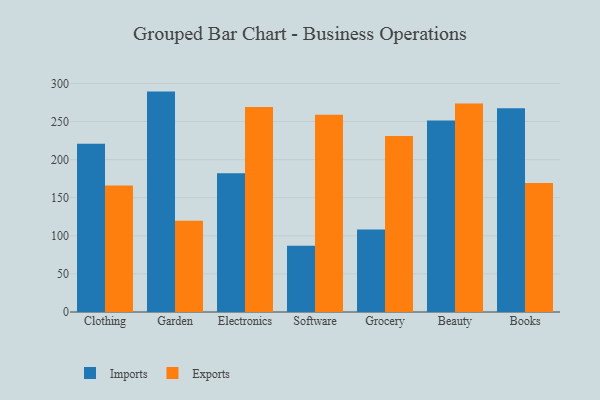
{"axis": {"x": "Category", "y": "Satisfaction Score"}, "legend": ["Exports", "Imports"], "data": [{"x": "Clothing", "y": 220.9, "type": "Imports"}, {"x": "Clothing", "y": 166.0, "type": "Exports"}, {"x": "Garden", "y": 289.3, "type": "Imports"}, {"x": "Garden", "y": 119.7, "type": "Exports"}, {"x": "Electronics", "y": 182.2, "type": "Imports"}, {"x": "Electronics", "y": 269.2, "type": "Exports"}, {"x": "Software", "y": 86.8, "type": "Imports"}, {"x": "Software", "y": 258.8, "type": "Exports"}, {"x": "Grocery", "y": 108.3, "type": "Imports"}, {"x": "Grocery", "y": 230.9, "type": "Exports"}, {"x": "Beauty", "y": 251.4, "type": "Imports"}, {"x": "Beauty", "y": 273.8, "type": "Exports"}, {"x": "Books", "y": 267.6, "type": "Imports"}, {"x": "Books", "y": 169.4, "type": "Exports"}]}